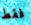
فقط